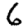
Digit: 6